Civil Veterinary Department Bihar reports 1936-40 - 1936-1940
Year: 1936
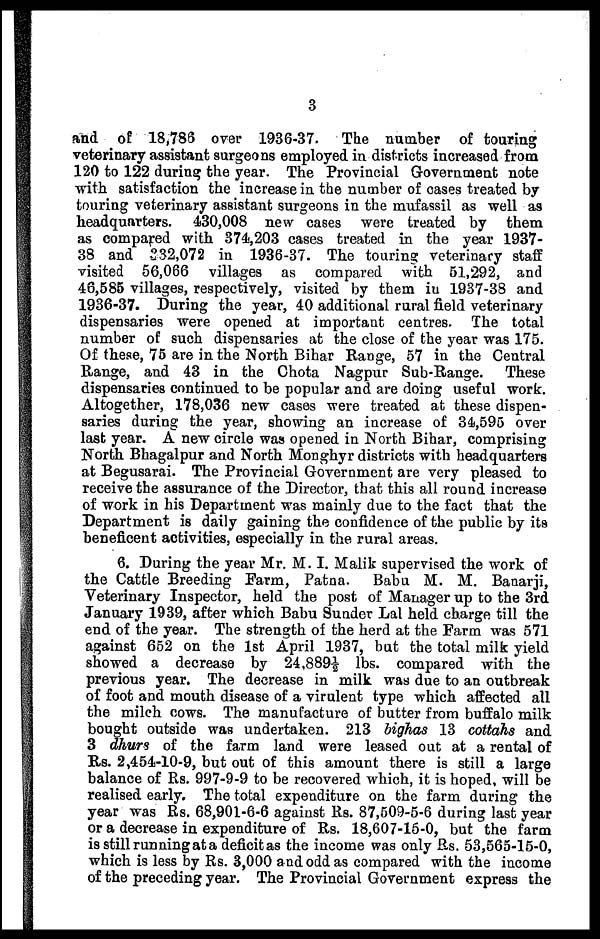
3
and of 18,786 over 1936-37. The number of touring
veterinary assistant surgeons employed in districts increased from
120 to 122 during the year. The Provincial Government note
with satisfaction the increase in the number of cases treated by
touring veterinary assistant surgeons in the mufassil as well as
headquarters. 430,008 new cases were treated by them
as compared with 374,203 cases treated in the year 1937-
38 and 232,072 in 1936-37. The touring veterinary staff
visited 56,066 villages as compared with 51,292, and
46,585 villages, respectively, visited by them in 1937-38 and
1936-37. During the year, 40 additional rural field veterinary
dispensaries were opened at important centres. The total
number of such dispensaries at the close of the year was 175.
Of these, 75 are in the North Bihar Range, 57 in the Central
Range, and 43 in the Chota Nagpur Sub-Range. These
dispensaries continued to be popular and are doing useful work.
Altogether, 178,036 new cases were treated at these dispen-
saries during the year, showing an increase of 34,595 over
last year. A new circle was opened in North Bihar, comprising
North Bhagalpur and North Monghyr districts with headquarters
at Begusarai. The Provincial Government are very pleased to
receive the assurance of the Director, that this all round increase
of work in his Department was mainly due to the fact that the
Department is daily gaining the confidence of the public by its
beneficent activities, especially in the rural areas.
6. During the year Mr. M. I. Malik supervised the work of
the Cattle Breeding Farm, Patna.
Babu M. M. Banarji,
Veterinary Inspector, held the post of Manager up to the 3rd
January 1939, after which Babu Sunder Lal held charge till the
end of the year. The strength of the herd at the Farm was 571
against 652 on the 1st April 1937, but the total milk yield
showed a decrease by 24,8891/2 lbs. compared with the
previous year. The decrease in milk was due to an outbreak
of foot and mouth disease of a virulent type which affected all
the milch cows. The manufacture of butter from buffalo milk
bought outside was undertaken. 213 bighas 13 cottahs and
3 dhurs of the farm land were leased out at a rental of
Rs. 2,454-10-9, but out of this amount there is still a large
balance of Rs. 997-9-9 to be recovered which, it is hoped, will be
realised early. The total expenditure on the farm during the
year was Rs. 68,901-6-6 against Rs. 87,509-5-6 during last year
or a decrease in expenditure of Rs. 18,607-15-0, but the farm
is still running at a deficitas the income was only Rs. 53,565-15-0,
which is less by Rs. 3,000 and odd as compared with the income
of the preceding year. The Provincial Government express the